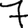
Digit: 7